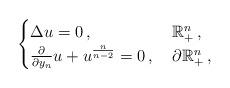
LaTeX: \begin{align*}\begin{cases}\Delta u = 0\,,&\:\mathbb{R}_+^n\,,\\\frac{\partial}{\partial y_n}u+ u^{\frac{n}{n-2}}=0\,,&\:\partial\mathbb{R}_+^n\,,\end{cases}\end{align*}